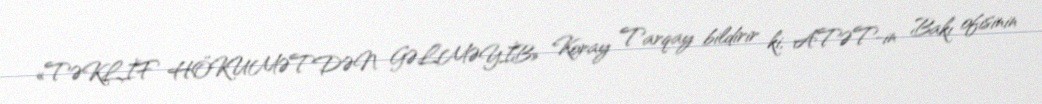
«TƏKLİF HÖKUMƏTDƏN GƏLMƏYİB» Koray Tarqay bildirir ki, ATƏT-in Bakı ofisinin